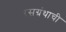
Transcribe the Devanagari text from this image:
रसग्रंथाची